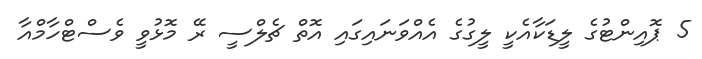
5 ޕޮއިންޓުގެ ލީޑަކާއެކީ ލީގުގެ އެއްވަނައިގައި އޮތް ޗެލްސީ ރޭ މޮޅުވީ ވެސްޓްހާމްއާ